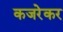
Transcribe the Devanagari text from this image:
कजरेकर